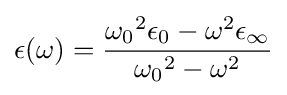
\epsilon (\omega )={\frac {{\omega _{0}}^{2}\epsilon _{0}-\omega ^{2}\epsilon _{\infty }}{{\omega _{0}}^{2}-\omega ^{2}}}